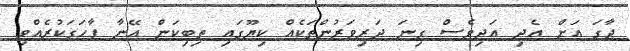
ޖާގަ އަށް އެދި އަދިވެސް ގިނަ ދަރިވަރުންތަކެއް ކިޔޫގައި ތިބިކަން އޭނާ ފާހަގަކުރެއްވި